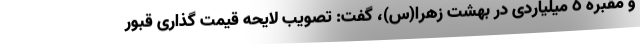
و مقبره ٥ میلیاردی در بهشت زهرا(س)، گفت: تصویب لایحه قیمت گذاری قبور